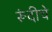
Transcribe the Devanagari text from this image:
रूंदीचे